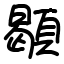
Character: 䫘